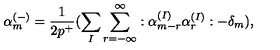
\alpha _ { m } ^ { ( - ) } = \frac { 1 } { 2 p ^ { + } } ( \sum _ { I } \sum _ { r = - \infty } ^ { \infty } : \alpha _ { m - r } ^ { ( I ) } \alpha _ { r } ^ { ( I ) } : - \delta _ { m } ) ,